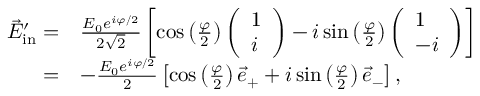
\begin{array} { r l } { \vec { E } _ { \mathrm { i n } } ^ { \prime } = } & { \frac { E _ { 0 } e ^ { i \varphi / 2 } } { 2 \sqrt 2 } \left[ \cos \left( \frac { \varphi } { 2 } \right) \left( \begin{array} { l } { 1 } \\ { i } \end{array} \right) - i \sin \left( \frac { \varphi } { 2 } \right) \left( \begin{array} { l } { 1 } \\ { - i } \end{array} \right) \right] } \\ { = } & { - \frac { E _ { 0 } e ^ { i \varphi / 2 } } { 2 } \left[ \cos \left( \frac { \varphi } { 2 } \right) \vec { e } _ { + } + i \sin \left( \frac { \varphi } { 2 } \right) \vec { e } _ { - } \right] , } \end{array}